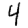
Digit: 4